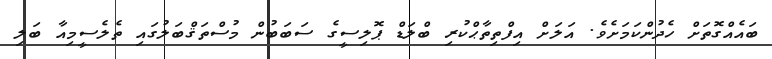
ބައެއްގޮތަށް ހެދުންކަމަށެވެ. އަލަށް އިފްތިތާޙްކުރި ބްލަޑް ޕޮލިސީގެ ސަބަބުން މުސްތަޤްބަލުގައި ތެލެސީމިއާ ބަލި